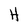
Character: H